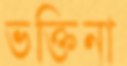
ভক্তিনা